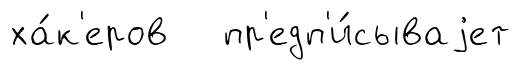
ха́к'еров пр'едп'и́сываjет